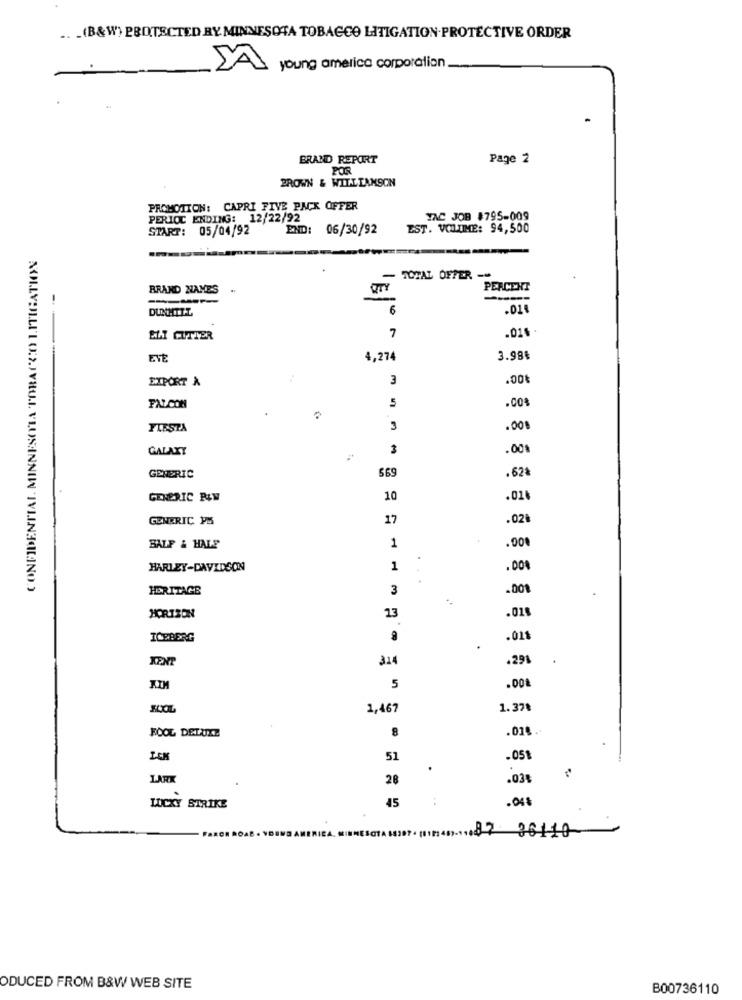
.. . (B&W) PROTECTED BY MINNESOTA TOBACCO LITIGATION.PROTECTIVE ORDER
young america corporation
BRAND REPORT
Page 2
POR
BROWN & WILLIAMSON
PROMOTION: CAPRI FIVE PACK OFFER
PERIOC ENDING: 12/22/92
YAC JOB $795-009
START: 05/04/92
END: 06/30/92
EST. VCOLTIME: 94,500
CONFIDENTIAL MINNESOTA TOBACCO LITIGATION
- TOTAL DEPER -
BRAND NAMES
QTY
PERCENT
---
DUNHILL
6
.014
7
.016 .
SAT CUTTER
ENE
4,274
3.98€
EXPORT A
3
.00₺
5
.00%
FALCON
FIESTA
3
.001
GALAXY
3
.00%
. 62
GENERIC
$69
GENERIC RAW
10
.014
GENERIC PM
17
.02₺
1
BALF & HALE
.00%
HARLEY-DAVIDSON
1
.00%
HERITAGE
3
.001
HORIZON
13
ICEBERG
.011
314
.291
KENT
KIM
5
.00
1,467
1.37%
FOOL DELUXE
8
.018.
ICK
51
.05
.
LARK
28
.03
.048
LUCKY STRIKE
45
.. 87 36110
ODUCED FROM B&W WEB SITE
B00736110